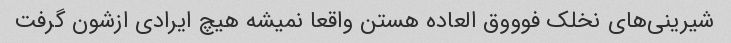
شیرینی‌های نخلک فوووق العاده هستن واقعا نمیشه هیچ ایرادی ازشون گرفت